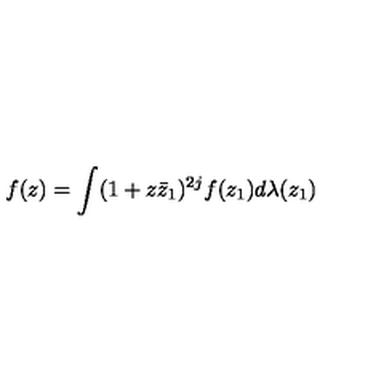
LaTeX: f ( z ) = \int ( 1 + z \bar { z } _ { 1 } ) ^ { 2 j } f ( z _ { 1 } ) d \lambda ( z _ { 1 } )